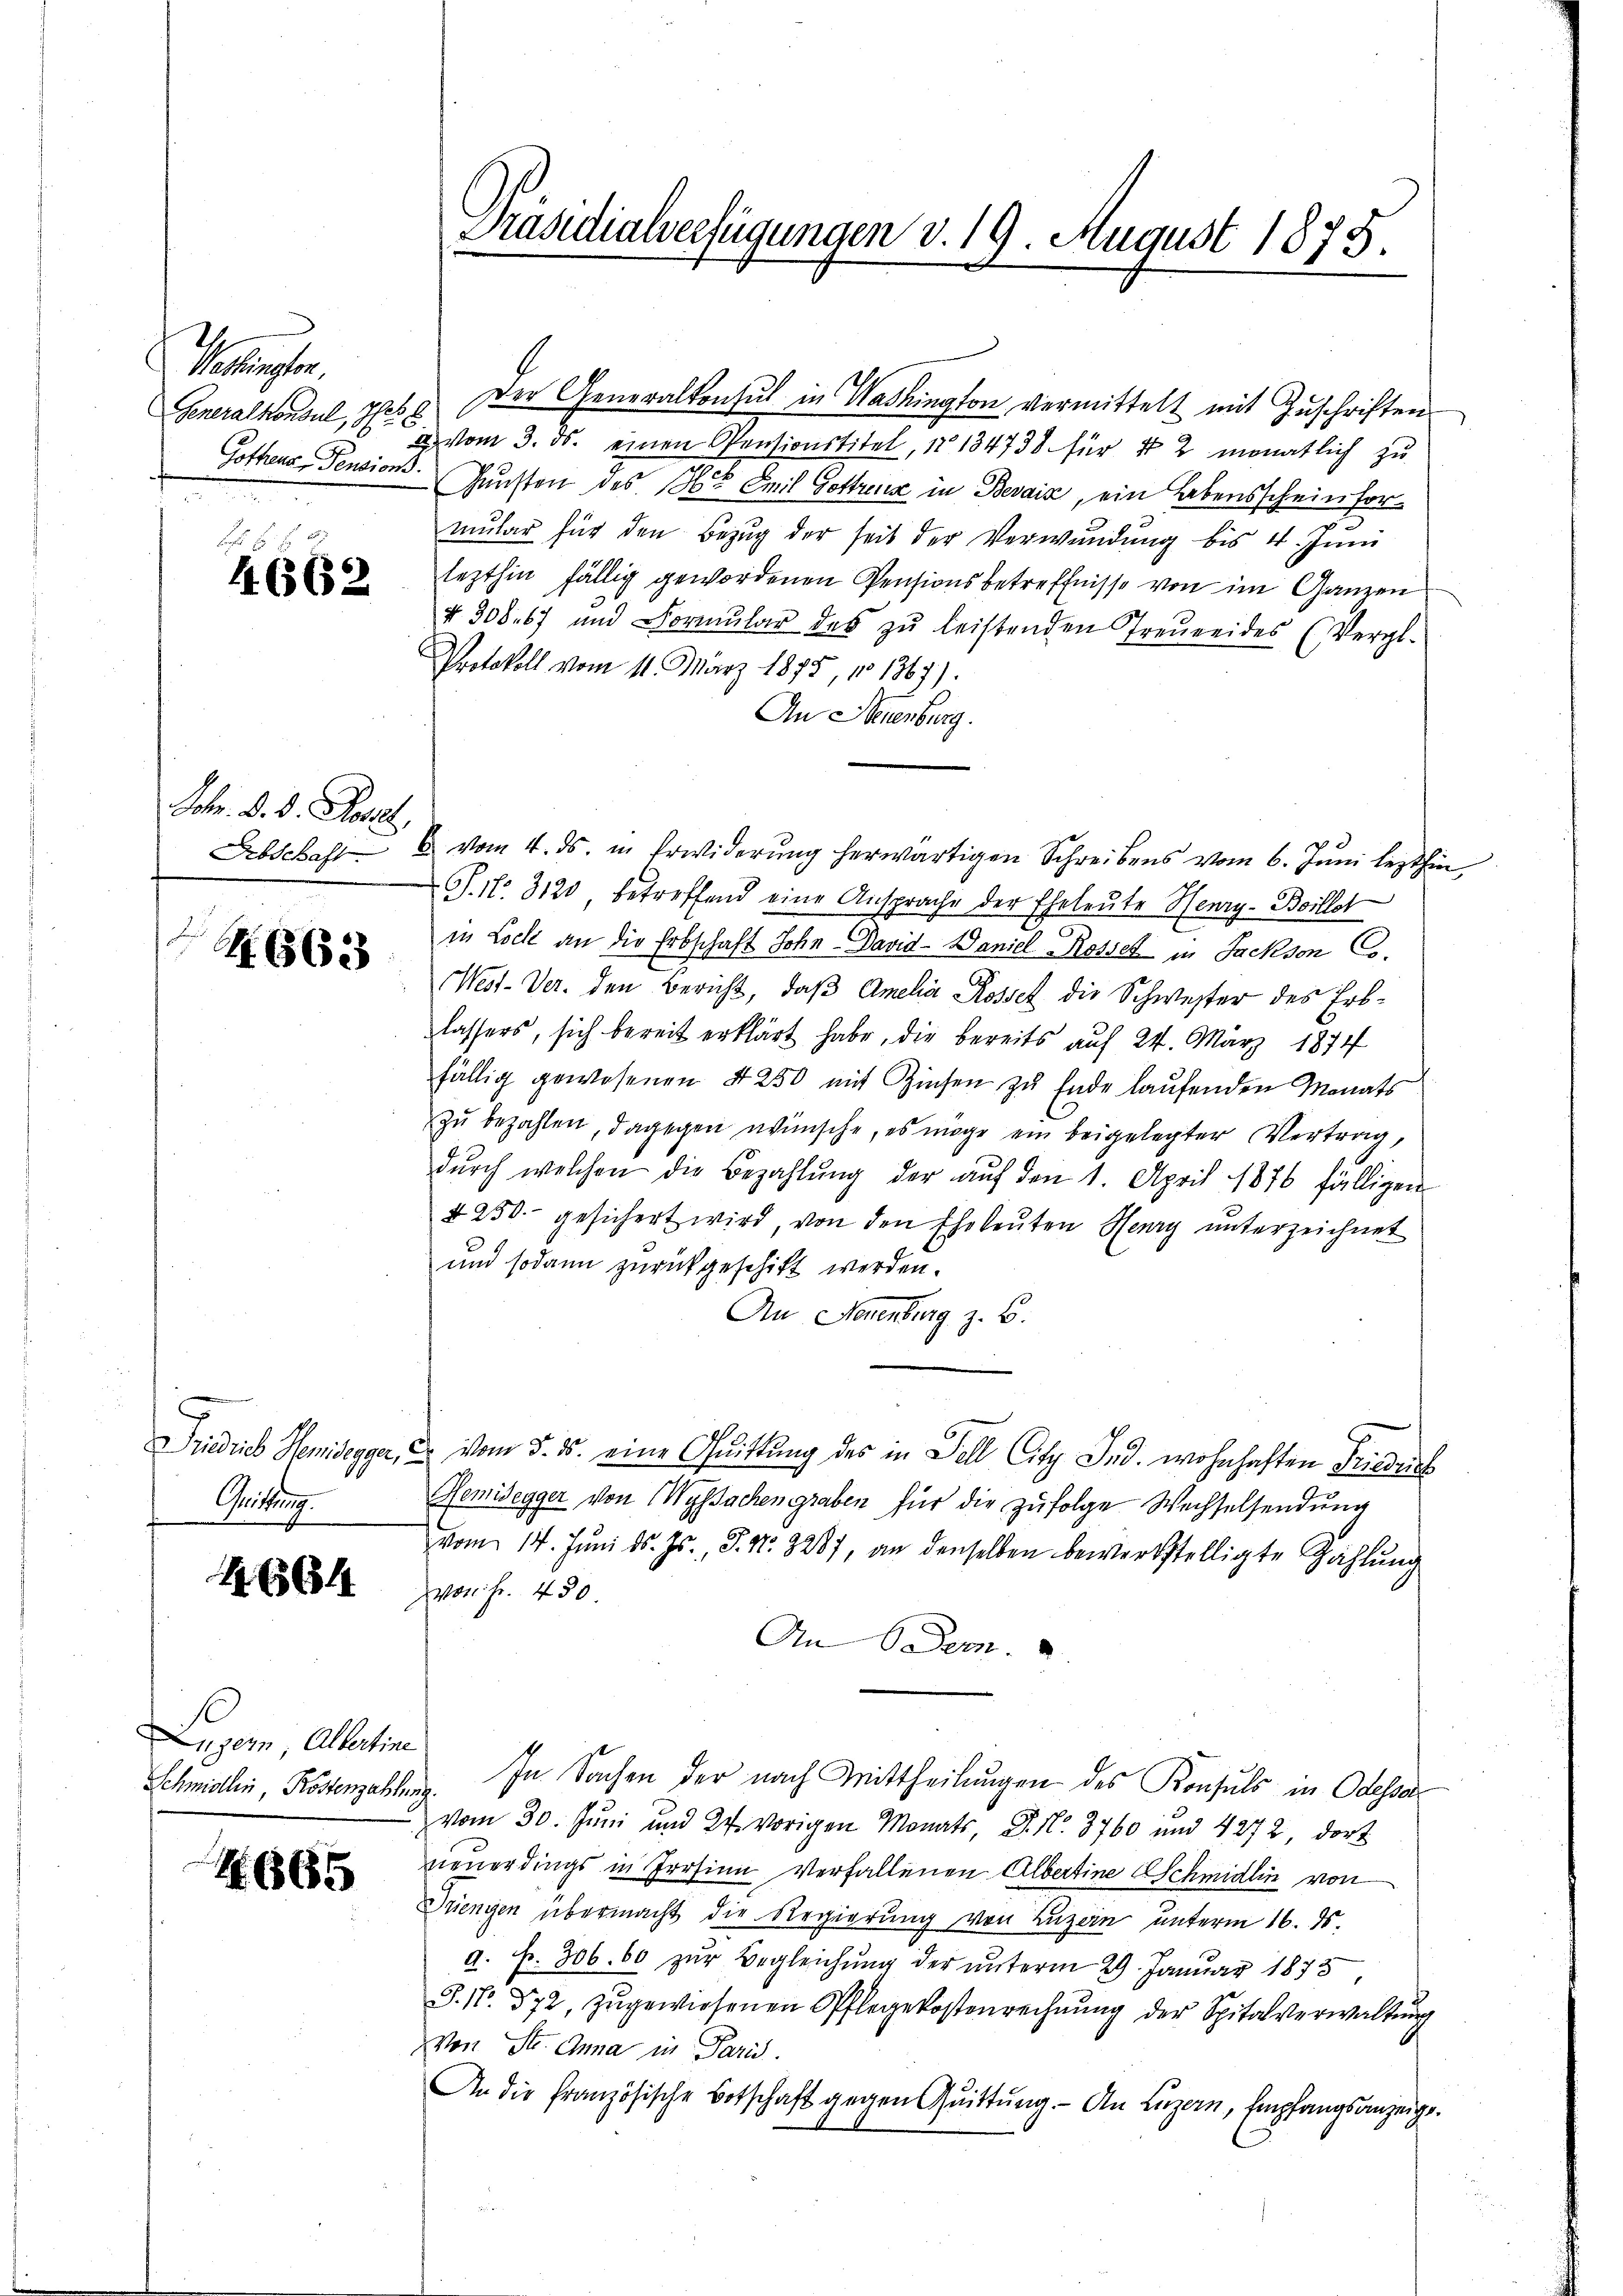
Kaiser
Generalkonsul, S. 58
Gothens, Pensions.

5
4662

Johr. d. d. Rosal

Z. 663

Gritter

1664

Luzern, Albertine

665

Präsidialverfügungen v. 19. August 1875.

Der Generalkonsul in Washington vermittelt mit Zuschriften
a vom 3. ds. einen Pensionstitel, No 134738 für 4 2 monatlich zu
Gunsten des 16t Emil Gottenz in Bevaić, ein Lebensscheinformŭlar für den Bezŭg der seit der Verwŭndŭng bis 4. Juni
lezthin fällig gewordenen Pensionsbetreffnisse von im Ganzen
4 308. 67 und Formŭlar des zŭ leistenden Treŭreides (Vergl.
Protokoll vom 11. März 1875, No 1367).
An Neuenburg.
Erbschaft  vom 4. ds. in Erwiderŭng herwärtigen Schreibens vom 6. Jŭni lezthin
T. No. 3120 betreffend eine Ansprache der Eheleute Henry-Boillst
in Loch an die Erbschaft John - David Daniel Rossel in Jackson Co
West-Ver. den Bericht, daß Amelia Rossel die Schwester des Erblassers, sich bereit erklärt habe, die bereits auf 24. März 1874
fällig gewesenen 4250 mit Zinsen zu Ende laufenden Monats
zŭ bezahlen, dagegen wünsche, es möge ein beigelegter Vertrag,
dŭrch welchen die Bezahlŭng der aŭf den 1. April 1876 fälligen
4250 gesichert wird, von den Eheleuten Henry unterzeichnet
und sodann zurückgeschickt werden.
An Neuenburg z. B.
Friedrich Hemisegger, u. vom 5. ds. eine Quittung des in Fell Citz Ind. wohnhaften Friedri
Remüsegger von Wyssachengraben für die zufolge Wechselsendung
vom 14. Juni d. Js., S. Nr. 3287, an denselben bewerkstelligte Zählŭng
von Fr. 450
An Dem
Schmidlin, Kostenzahlen. In Sachen der nach Mittheilungen des Konsuls in Odesser
vom 30. Juni und 27. vorigen Monats, P. Nr. 3760 und 4272, dort
neuerdings in Irrsinn Verfallenen Albertine Schmidlin von
Driengen übermacht die Regierung von Luzern unterm 16. ds.
a. f. 306. 60 zur Begleichung der unterm 29. Januar 1873
J. N. 872, zugewiesenen Pflegekostenrechnŭng der Spitalverwaltŭng
Von St. Anna in Paris.
An die französische Botschaft gegen Quittung. - An Luzern, Empfangsanzeige.